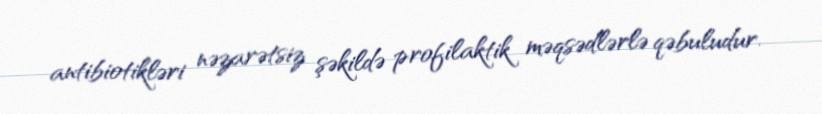
antibiotikləri nəzarətsiz şəkildə profilaktik məqsədlərlə qəbuludur.